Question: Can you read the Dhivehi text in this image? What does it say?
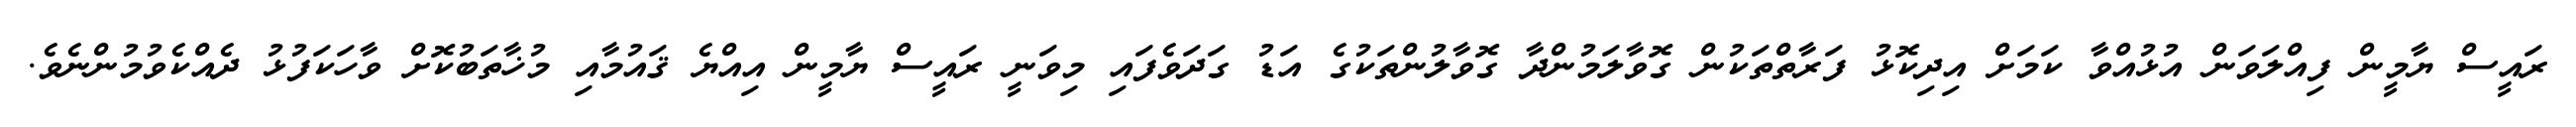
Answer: ރައީސް ޔާމީން ފިއްލަވަން އުޅުއްވާ ކަމަށް އިދިކޮޅު ފަރާތްތަކުން ގޮވާލަމުންދާ ގޮވާލުންތަކުގެ އަޑު ގަދަވެފައި މިވަނީ ރައީސް ޔާމީން އިއްޔެ ޤައުމާއި މުޚާތަބުކޮށް ވާހަކަފުޅު ދެއްކެވުމުންނެވެ.